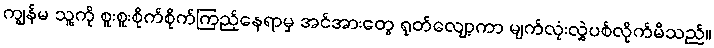
ကျွန်မ သူ့ကို စူးစူးစိုက်စိုက်ကြည့်နေရာမှ အင်အားတွေ ရုတ်လျော့ကာ မျက်လုံးလွှဲပစ်လိုက်မိသည်။